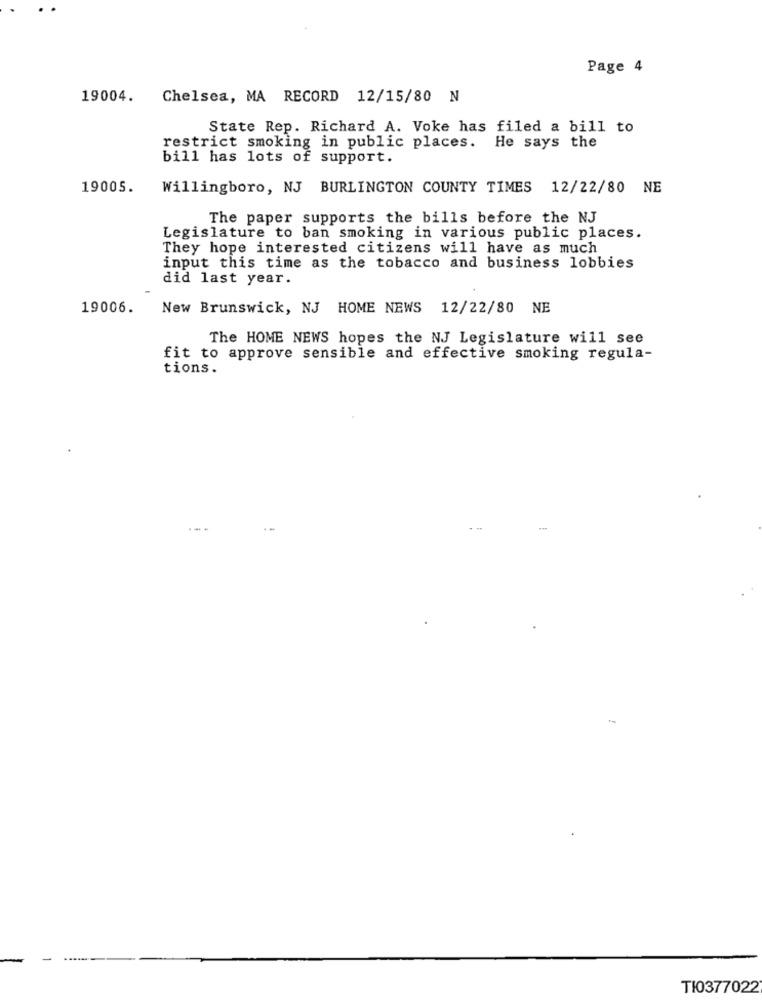
Page 4
19004. Chelsea, MA RECORD 12/15/80 N
State Rep. Richard A. Voke has filed a bill to
restrict smoking in public places. He says the
bill has lots of support.
19005.
Willingboro, NJ BURLINGTON COUNTY TIMES 12/22/80 NE
The paper supports the bills before the NJ
Legislature to ban smoking in various public places.
They hope interested citizens will have as much
input this time as the tobacco and business lobbies
did last year.
19006.
New Brunswick, NJ HOME NEWS 12/22/80 NE
The HOME NEWS hopes the NJ Legislature will see
fit to approve sensible and effective smoking regula-
tions.
TI0377022